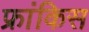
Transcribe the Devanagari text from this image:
फ्रांकिस